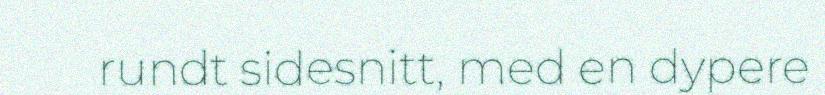
rundt sidesnitt, med en dypere